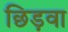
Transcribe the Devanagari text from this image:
छिड़वा